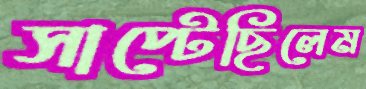
সাপ্‌টেছিলেম